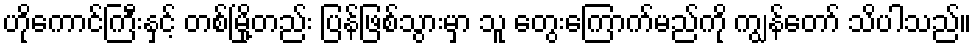
ဟိုကောင်ကြီးနှင့် တစ်မြို့တည်း ပြန်ဖြစ်သွားမှာ သူ တွေးကြောက်မည်ကို ကျွန်တော် သိပါသည်။